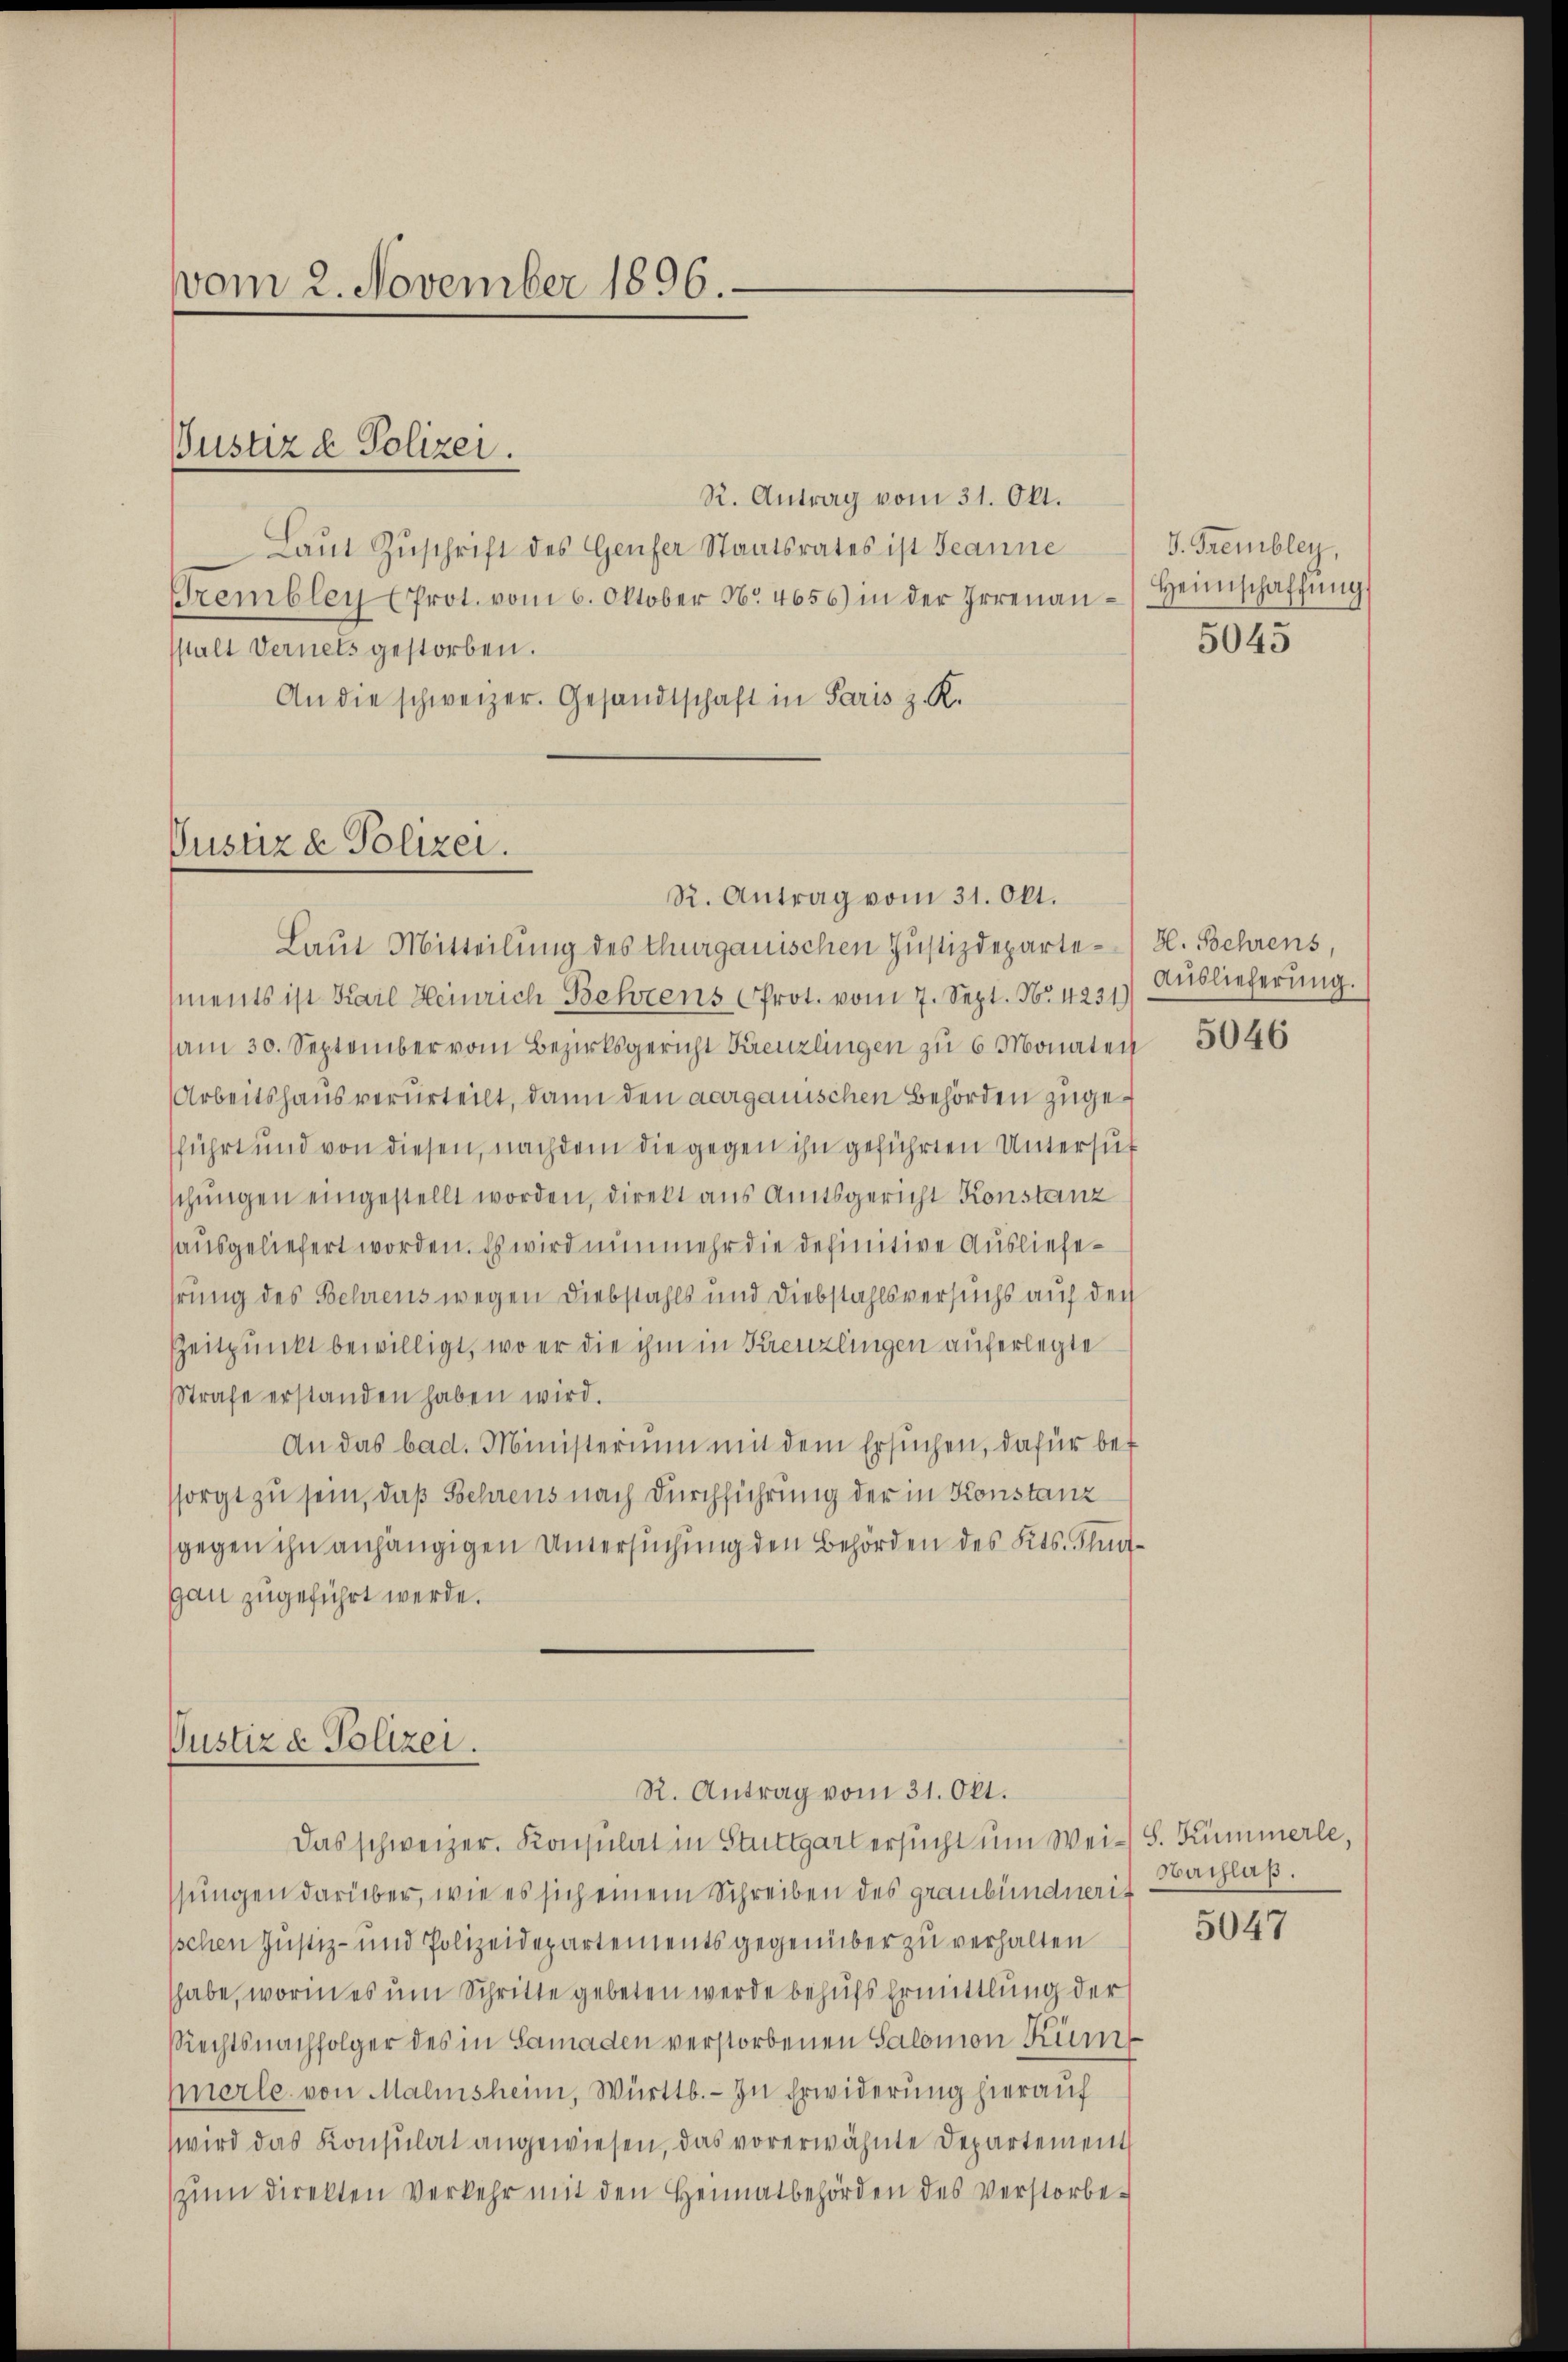
vom 2. November 1896.

R. Antrag vom 31. Okt.
Laŭt Zŭschrift des Genfer Staatsrates ist Jeanne
Grembley (Prot. vom 6. Oktober No. 4656) in der Irrenaŭ-Heimschaffŭng
sstalt Vernets gestorben.
An die schweizer. Gesandtschaft in Paris z. K.

Justiz & Polizei.

Pustiz & Polizei.
R. Antrag vom 31. Okt.

Laut Mitteilung des Thurgauischen Justizdeparte-B. Behrens,
ments ist Karl Heinrich Behrens Prot. vom 7. Sept. No. 4231)
am 30. September vom Bezirksgericht Kreuzlingen zu 6 Monaten
Arbeitshaus verurteilt, dann den aargauischen Behörden zugesführt und von diesen, nachdem die gegen ihn geführten Untersuc
schungen eingestellt worden, direkt aus Amtsgericht Konstanz
ausgeliefert worden. Es wird nunmehr die definitive Ausliefehrung des Behrens wegen Diebstahls und Diebstahlsversuchs auf den
Zeitpunkt bewilligt, wo er die ihm in Kreuzlingen auferlegte
Strafe erstanden haben wird.
An das bad. Ministerium mit dem Ersuchen, dafür bet
sorgt zu sein, daß Schrens nach Durchführung der in Konstanz
gegen ihn anhängigen Untersuchung den Behörden des Kts. Flungan zugeführt werde.

Justiz & Polizei.
R. Antrag vom 31. Okt.

Das schweizer. Konsulat in Stuttgart ersucht um Wei-S. Kümmerle,
ssungen darüber, wie es sich einem Schreiben des graubündneris
Ischen Justiz- und Polizeidepartements gegenüber zu verhalten
habe, worin es um Schritte gebeten werde behufs Ermittlung der
Rechtsnachfolger des in Samaden verstorbenen Salomon Kum
Merle von Malinsheim, Württ. - In Erwiderung hierauf
wird das Konsulat angewiesen, das vorerwähnte Departement
zum Direkten Verkehr mit den Heimatbehörden des Verstorbe¬

J. Trembley,
5045

Auslieferung.

5046

Nachlaß.
5047